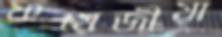
ফয়েজীয়া